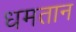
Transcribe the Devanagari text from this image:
धमतान